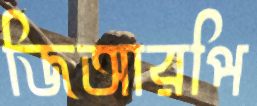
জিআরপি